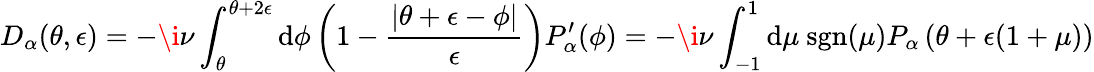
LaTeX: D_{\alpha}(\theta,\epsilon)=-\i\nu\int_{\theta}^{\theta+2\epsilon}\mathrm{d}\phi\left(1-\frac{{\left|\theta+\epsilon-\phi\right|}}{{\epsilon}}\right)P_{\alpha}^{\prime}(\phi)=-\i\nu\int_{-1}^{1}\mathrm{d}\mu\mathrm{{~sgn}}(\mu)P_{\alpha}\left(\theta+\epsilon(1+\mu)\right)